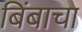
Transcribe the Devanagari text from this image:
बिंबाचा